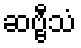
ဆဗ္ဗီသံ